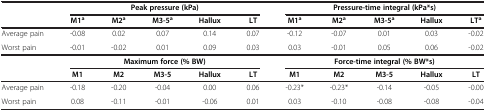
<table><thead><tr><td><b> </b></td><td colspan="5"><b>Peak pressure (kPa)</b></td><td colspan="5"><b>Pressure-time integral (kPa*s)</b></td></tr><tr><td><b> </b></td><td><b>M1<sup>a</sup></b></td><td><b>M2<sup>a</sup></b></td><td><b>M3-5<sup>a</sup></b></td><td><b>Hallux</b></td><td><b>LT</b></td><td><b>M1<sup>a</sup></b></td><td><b>M2<sup>a</sup></b></td><td><b>M3-5<sup>a</sup></b></td><td><b>Hallux</b></td><td><b>LT<sup>a</sup></b></td></tr></thead><tbody><tr><td>Average pain</td><td>-0.08</td><td>0.02</td><td>0.07</td><td>0.14</td><td>0.07</td><td>-0.12</td><td>-0.07</td><td>0.01</td><td>0.03</td><td>-0.02</td></tr><tr><td>Worst pain</td><td>-0.01</td><td>-0.02</td><td>0.01</td><td>0.09</td><td>0.03</td><td>0.03</td><td>-0.01</td><td>0.05</td><td>0.06</td><td>-0.02</td></tr><tr><td> </td><td colspan="5"><b>Maximum force (% BW)</b></td><td colspan="5"><b>Force-time integral (% BW*s)</b></td></tr><tr><td> </td><td><b>M1</b></td><td><b>M2</b></td><td><b>M3-5</b></td><td><b>Hallux</b></td><td><b>LT</b></td><td><b>M1</b></td><td><b>M2</b></td><td><b>M3-5</b></td><td><b>Hallux</b></td><td><b>LT</b></td></tr><tr><td>Average pain</td><td>-0.18</td><td>-0.20</td><td>-0.04</td><td>0.00</td><td>0.06</td><td>-0.23*</td><td>-0.23*</td><td>-0.14</td><td>-0.05</td><td>-0.00</td></tr><tr><td>Worst pain</td><td>0.08</td><td>-0.11</td><td>-0.01</td><td>-0.06</td><td>0.01</td><td>0.03</td><td>-0.10</td><td>-0.08</td><td>-0.08</td><td>-0.04</td></tr></tbody></table>